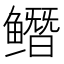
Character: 𱈔